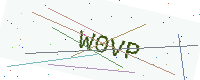
Text: W0VP